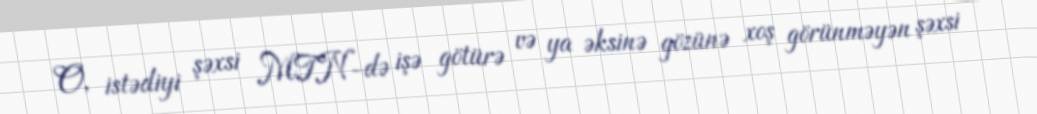
O, istədiyi şəxsi MTN-də işə götürə və ya əksinə gözünə xoş görünməyən şəxsi